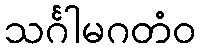
သင်္ဂါမဂတံဝ